Maemoisa_(Sinalepa)_vallavalitsus, lk 19
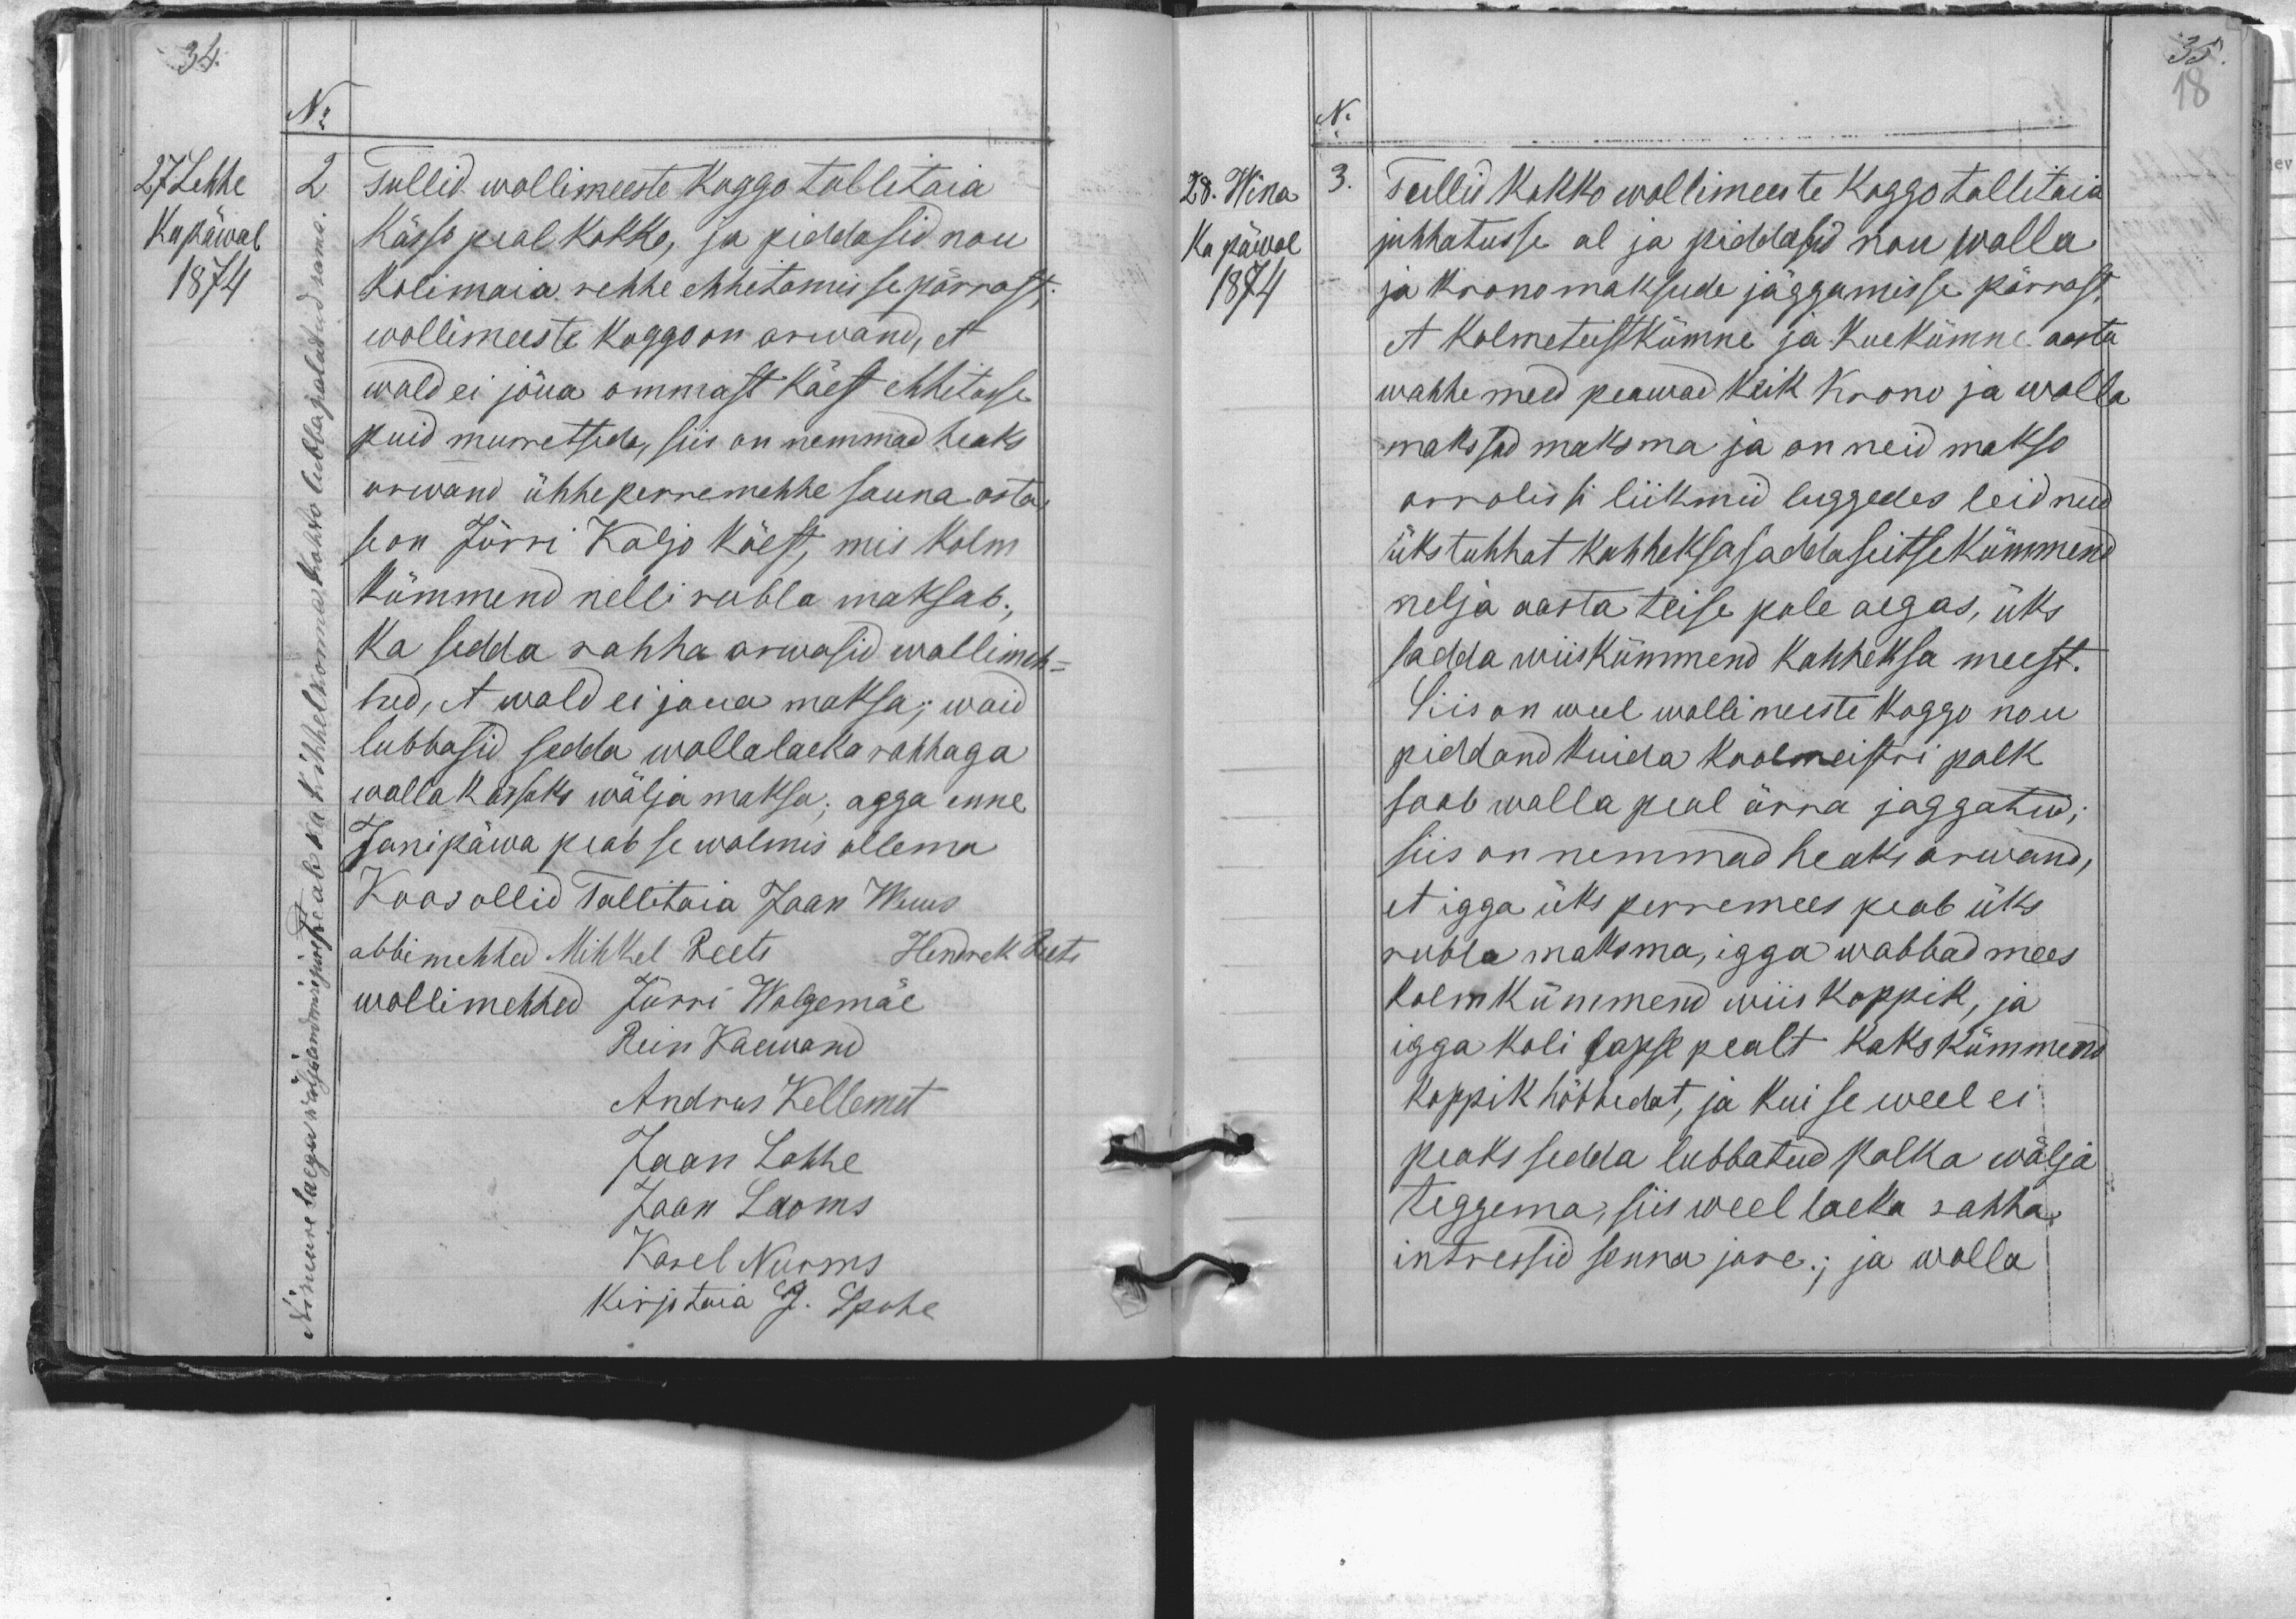
No
27 Lehhe
2 Tullid wollimeeste koggo tallitaia
Kupäewal
kässo peal kokko, ja piddasid nõu
1874
kolimaia rehhe ehitamisse pärrast,
.... laega wäljaandimse jure peab ka Kihhelkonna kohto lubba palutud sama.
wollimeeste koggo on arwand, et
wald ei jõua ommast käest ehhituse
puid murretseda, siis on nemmad heaks
arwand ühheperremehhe sauna osta
se on Jürri Kaljo käest, mis kolm
kümmend nelli rubla maksab.
Ka sedda rahha arwasid wollimeh-
hed, et wald ei joua maksa; waid
lubbasid sedda wallalaeka rahhaga
walla kassaks wälja maksa, agga enne
Janipäwa peab se walmis ollema
Koos ollid Tallitaia Jaan Wuus
abbimehhed Mihkel Reets
Hendrik Reets
wollimehhed Jürri Walgemäe
Rein Kaewand
Andrus Kellemet
Jaan Lahhe
Jaan Laoms
Karel Nurms
Kirjutaia J. Spuhl

No
28. Wina
3.
Tullid kokko wollimeeste koggo tallitaia
Ku päwal
juhhatusse al ja piddasid nou walla
1874
ja kronumaksude jäggamisse pärrast.
et kolmeteistkümne ja kuekümne aasta
wahhe meed peawad keik krono ja walla
makssud maksma ja on neid makso
arralissi liikmid luggedes leidnud
üks tuhhat kahheksasaddaseitsekümmend
nelja aasta teise pole aegas, üks
sadda wiiskümmend kahheksa meest.
Siis on weel wollimeeste koggo nou
piddand kuida koolmeistri palk
saab walla peal ärra jaggatud;
siis on nemmad heaks arwand,
et igga üks perremees peab üks
rubla maksma, igga wabbad mees
kolmkümmend wiis koppik, ja
igga koli lapse pealt kaks kümmend
koppik hõbbedat, ja kui se weel ei
peaks sedda lubbatud palka wälja
teggema, siis weel laeka rahha
intressid senna jure.; ja walla